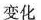
变化